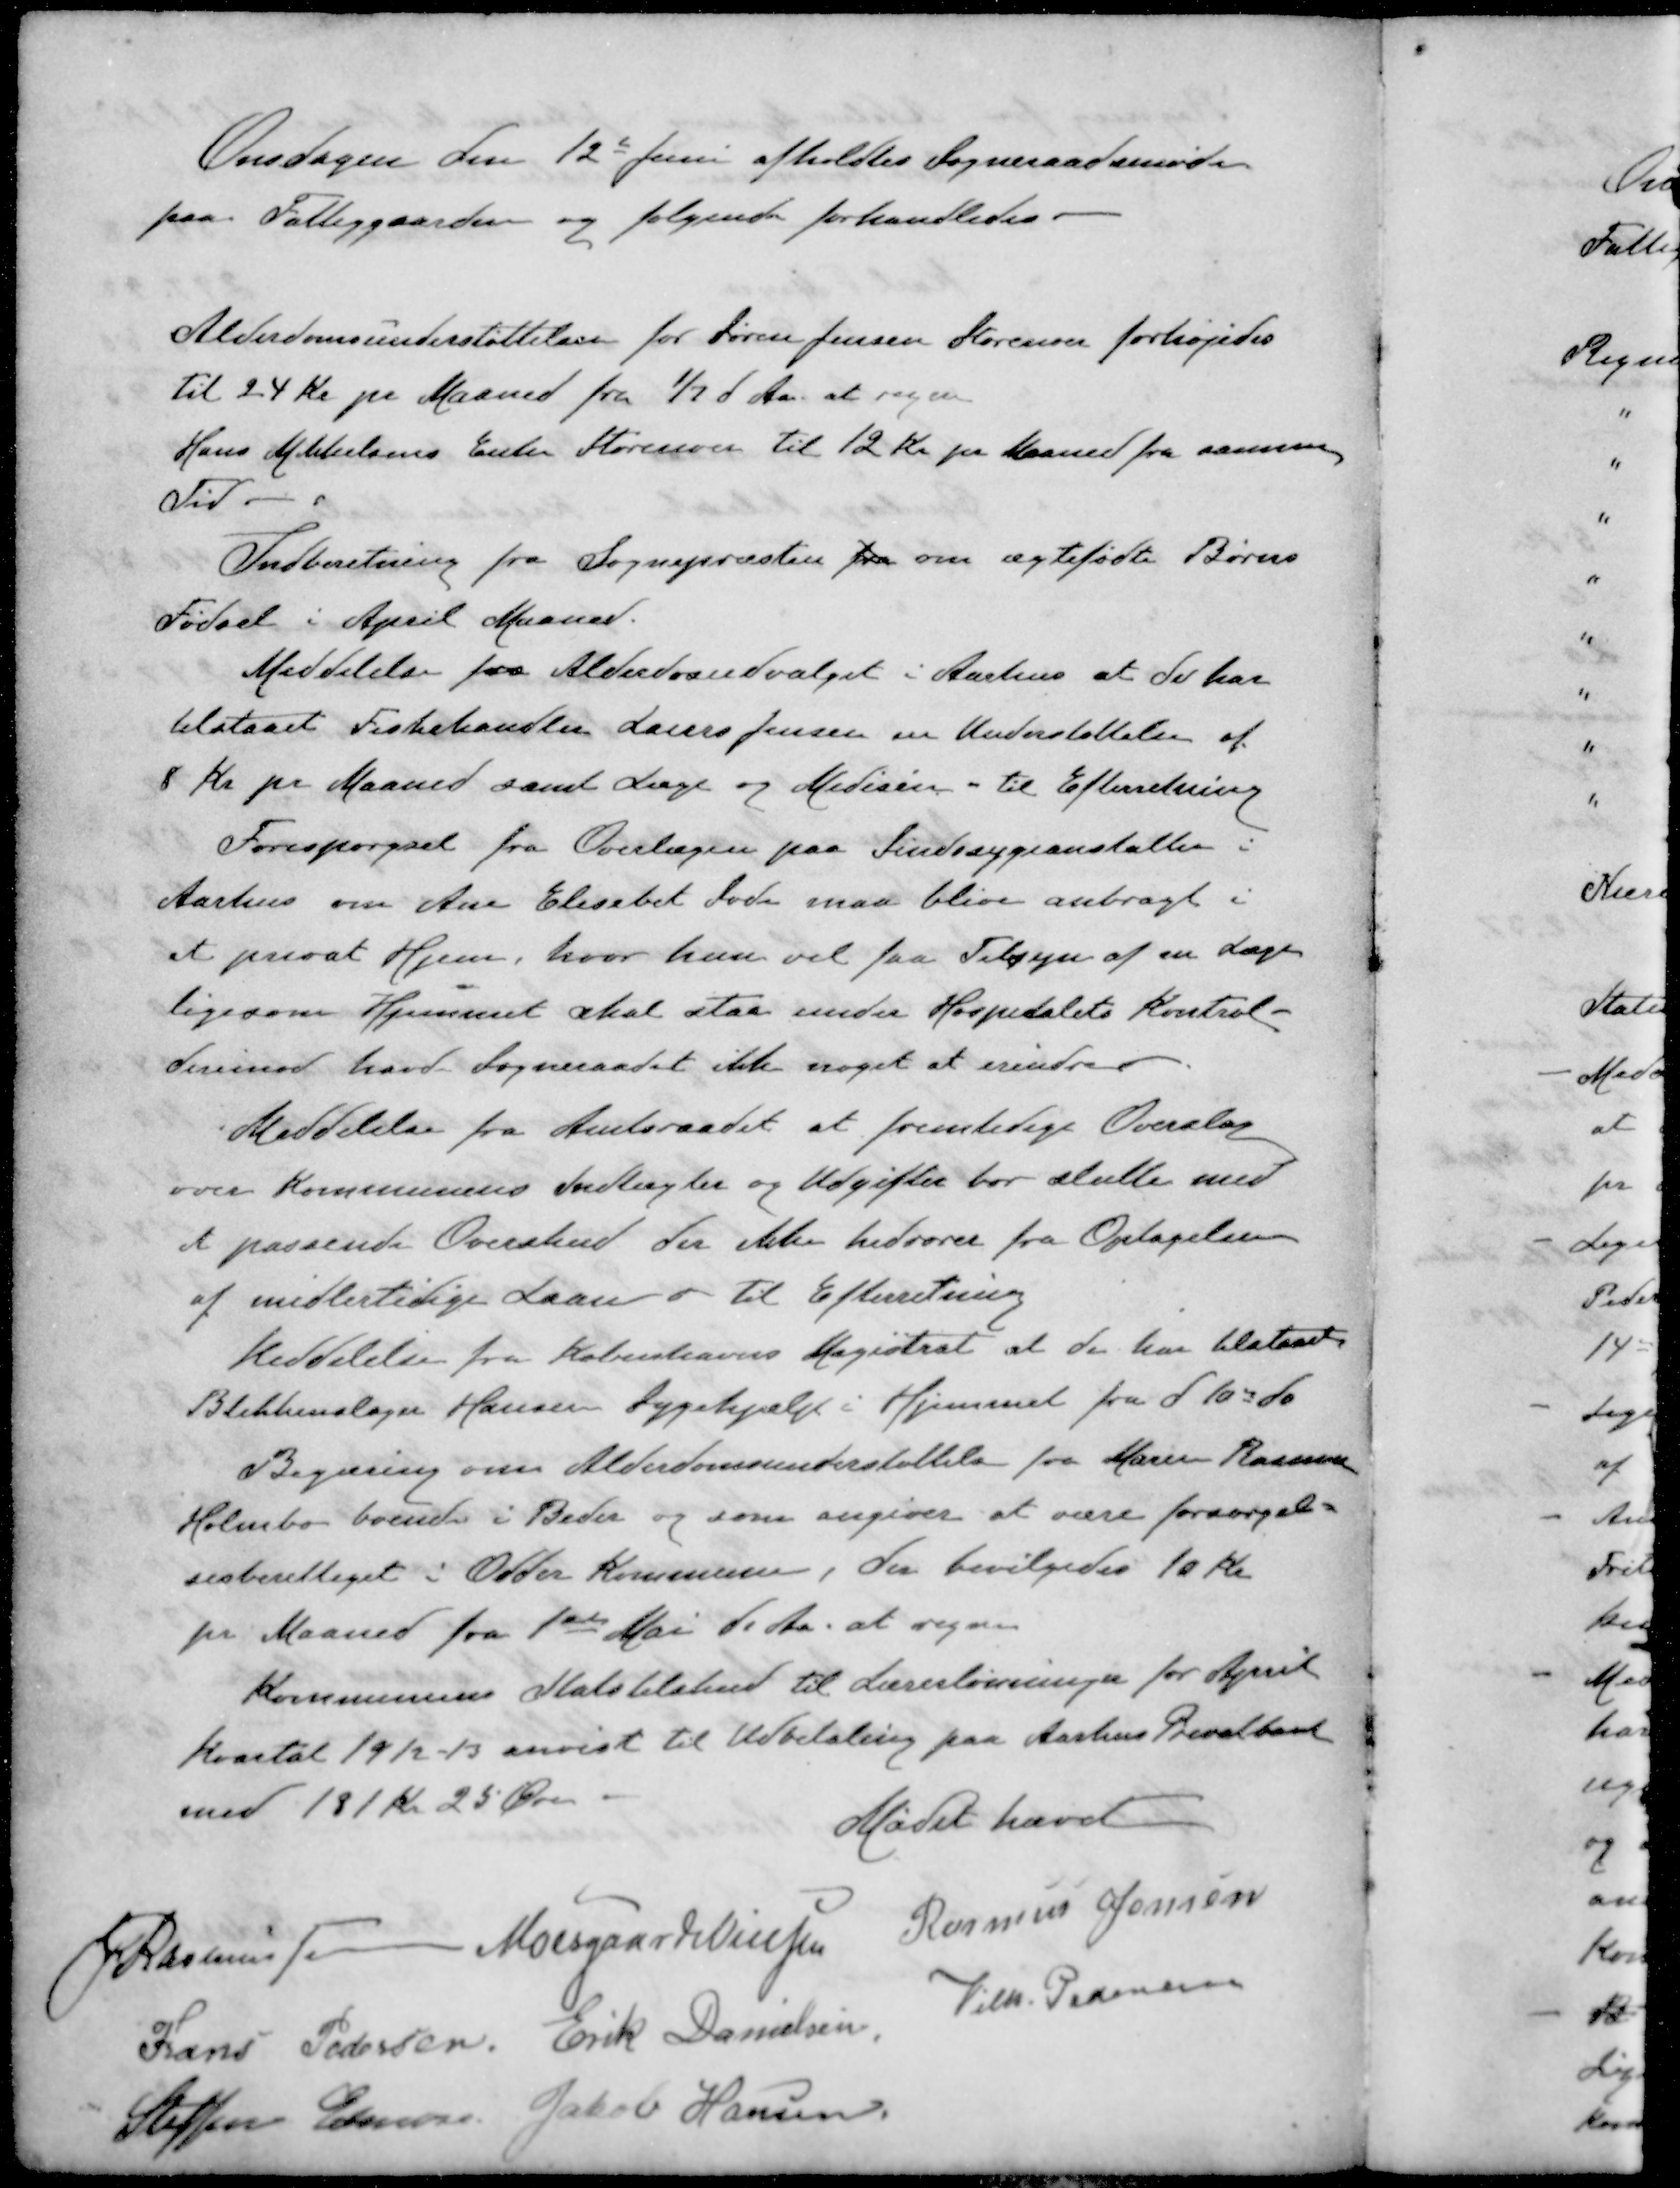
Transskription:
Onsdagen den 12te Juni afholdtes Sogneraadsmøde
paa Fattiggaarden og følgende forhandledes.
Alderdomsunderstøttelsen for Søren Jensen Storenoer forhøjedes
til 24 Kr pr Maaned fra 1/2 d Aar at regne
Hans Mikkelsens Enke Storenoer til 12 Kr pr Maaned fra samme
Tid 
Indberetning fra Sognepræsten fra om ægtefødte Børns
Fødsel i April Maaned.
Meddelelse fra Alderdomudvalget i Aarhus at de har
tilstaaet Fiskehandler Laurs Jensen en Understøttelse af
8 Kr pr Maaned samt Læge og Medicin - til Efterretning
Forespørgsel fra Overlægen paa Sindssygeanstalten i
Aarhus om Ane Elisabet Sode maa blive anbragt i
at privat Hjem, hvor han vil faa Tilsyn af en Læge
ligesom Hjemmet skal staa under Hospitalets Kontrol -
derimod havde Sogneraadet ikke noget at erindre
Meddelelse fra Amtsraadet at fremtidige Overslag
over Kommunens Indtægter og Udgifter bør slutte med
et passende Overskud der ikke hidrører fra Optagelsen
af midlertidige Laan - til Efterretning
Meddelelse fra Københavns Magistrat at de har tilstaaet
Blikkenslager Hansen Sygehjælp i Hjemmet fra d 10de ds
Begæring om Alderdomsunderstøttelse fra Marie Rasmussen
Holmbo boende i Beder og som angiver at være forsørgel-
sesberettiget i Odder Kommune, der bevilgedes 10 Kr
pr Maaned fra 1ste Mai d. Aa. at regne
Kommunens Statstilskud til Lærerlønningen for April
Kvartal 1912 - 13 anvist til Udbetaling paa Aarhus Privatbank
med 181 Kr 25 Øre.
Mødet hævet
J Rasmussen
Moesgaard Nielsen
Rasmus Jensen
Frans Pedersen
Erik Danielsen,
Vilh. Pedersen
Steffen Elmose
Jakob Hansen